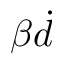
\beta \dot { d }